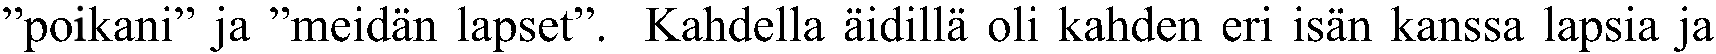
”poikani” ja ”meidän lapset”. Kahdella äidillä oli kahden eri isän kanssa lapsia ja